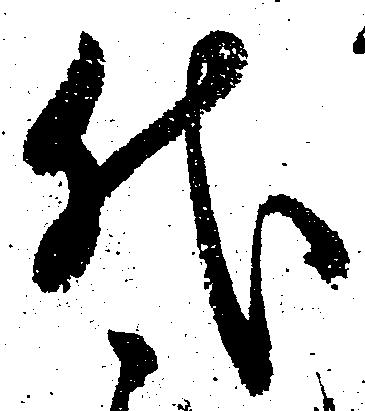
代